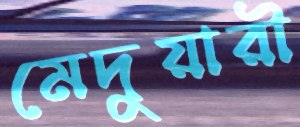
মেদুয়ারী